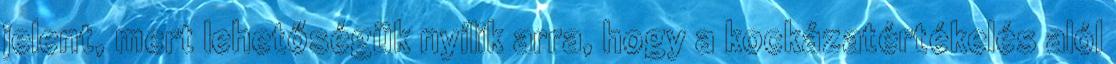
jelent, mert lehetőségük nyílik arra, hogy a kockázatértékelés alól